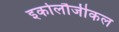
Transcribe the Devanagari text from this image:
इकोलौजीकल